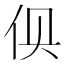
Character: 𰁬